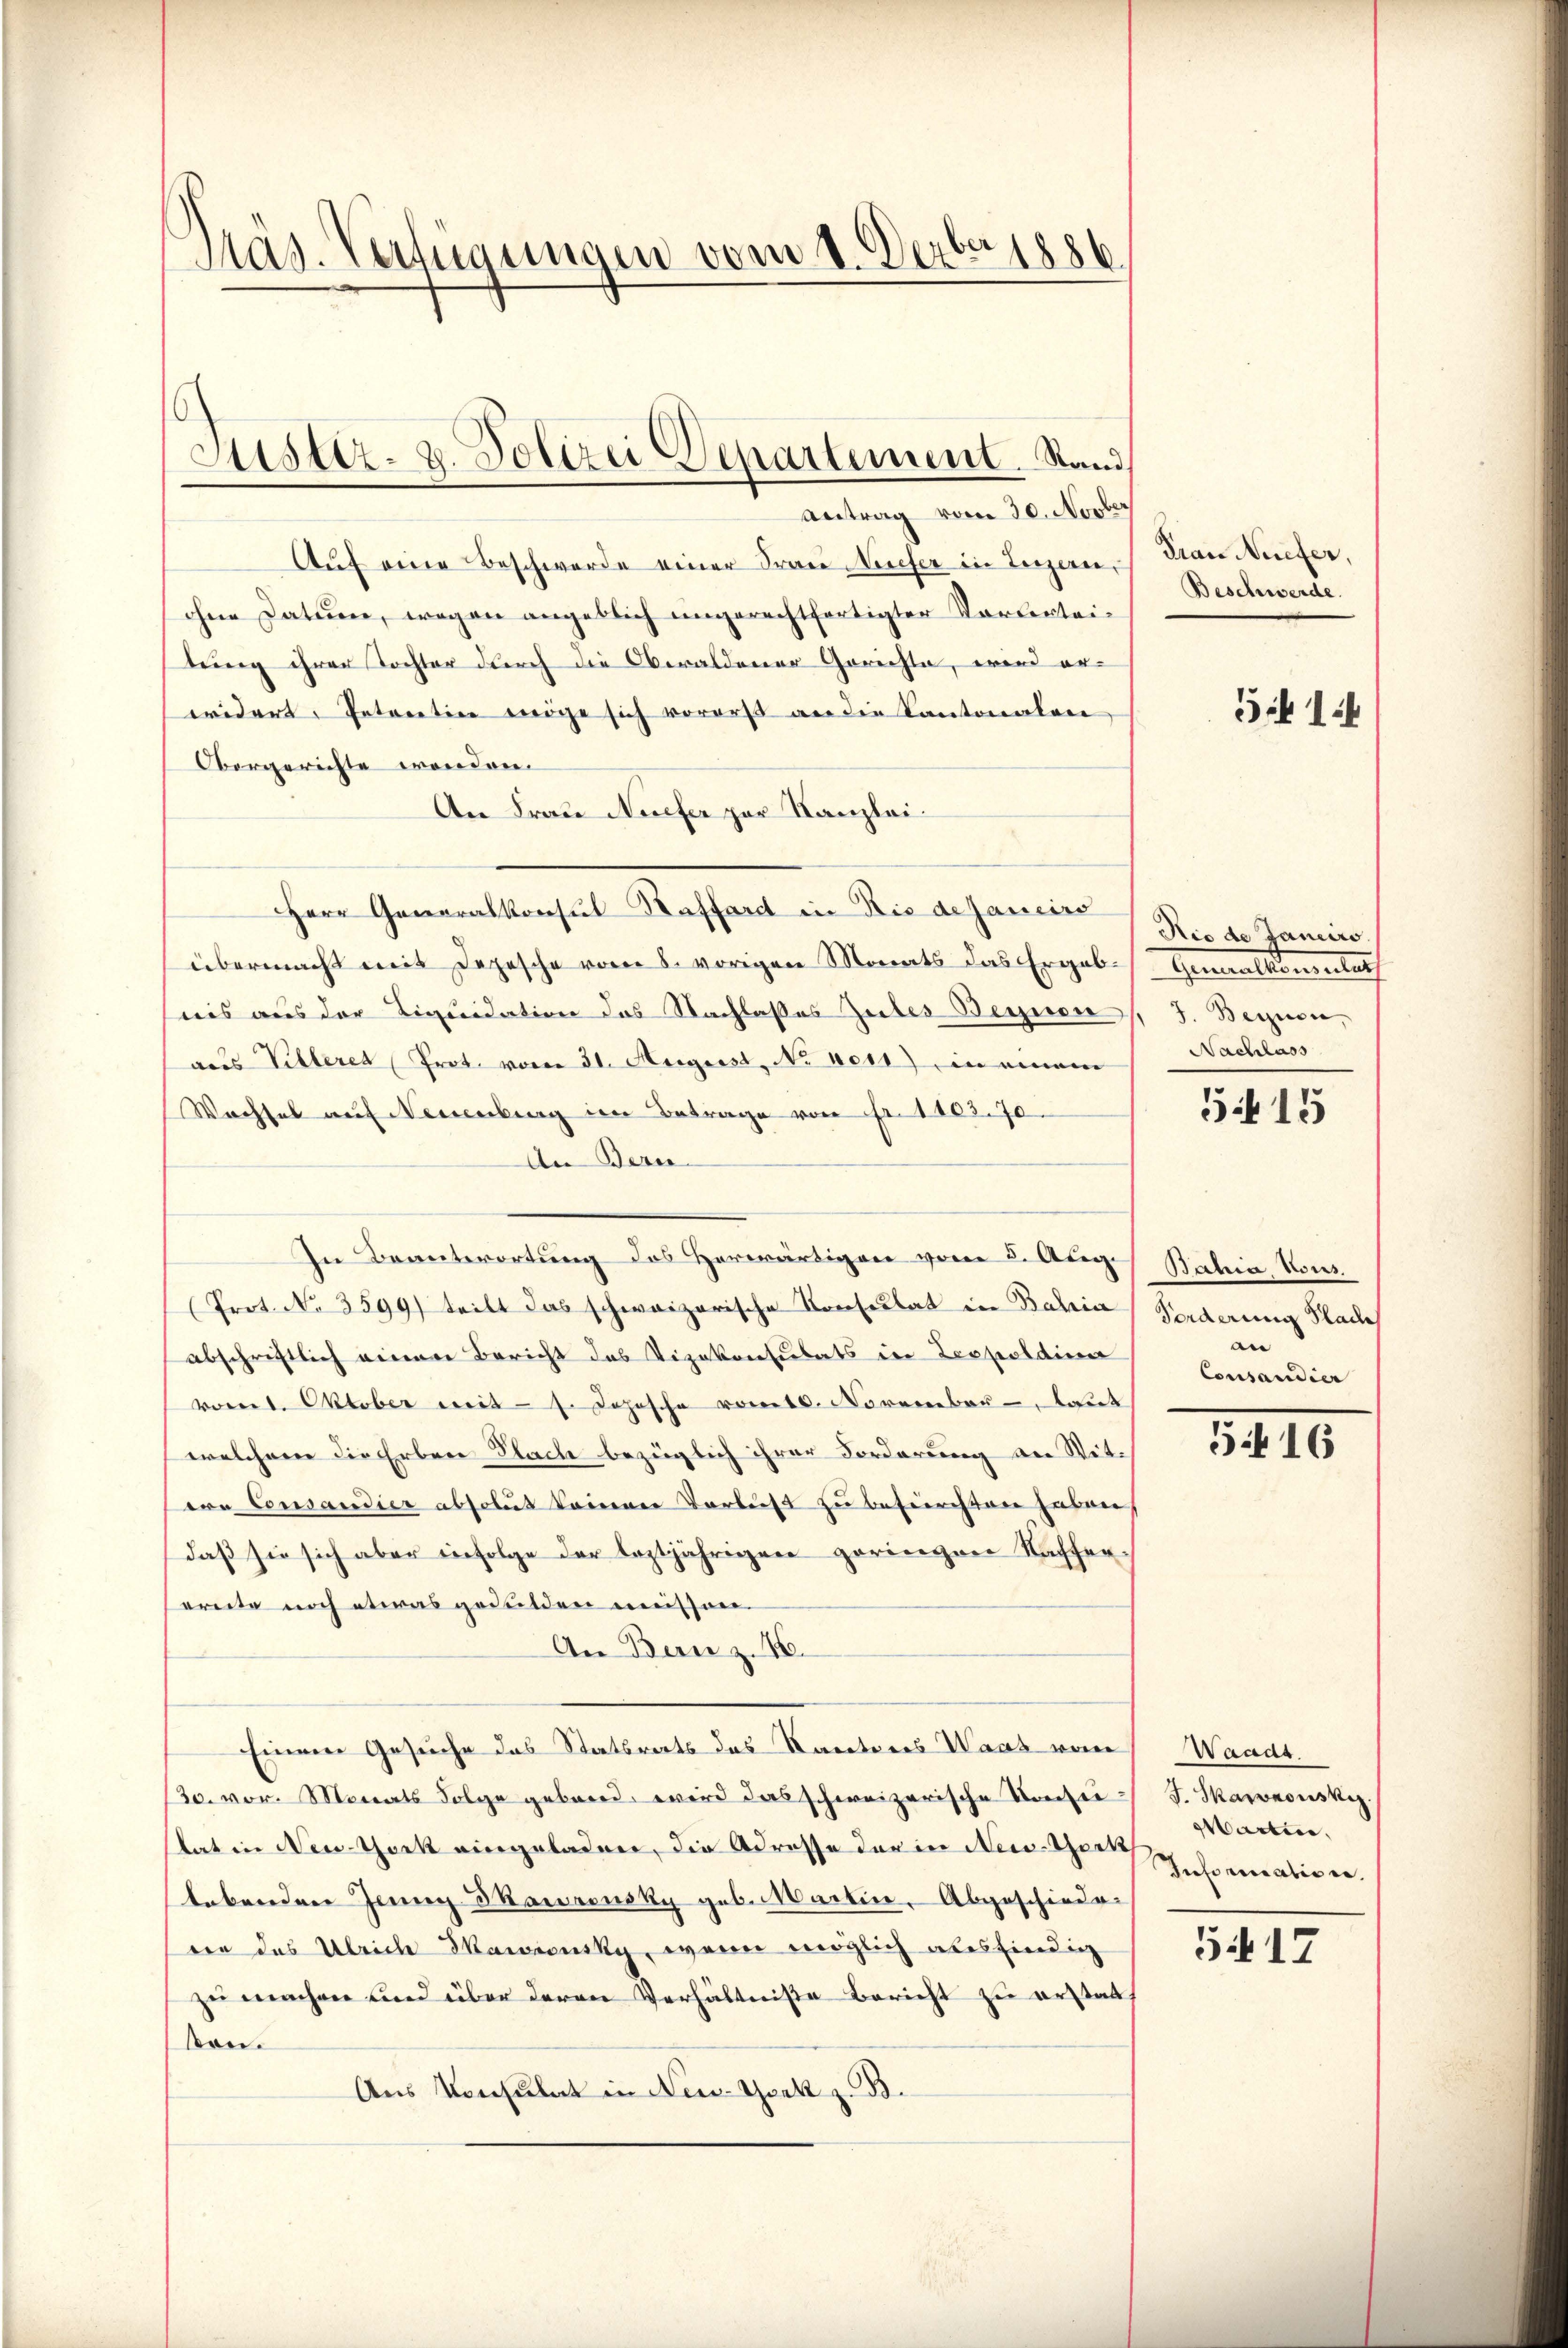
Präs. Verfügungen vom 8. Dezbr. 1886.

Auf eine Beschwerde einer Frau Neufer in Luzern,
ohne Datum, wegen angeblich ungerechtfertigter Vorberteitung ihrer Tochter durch die Oberaldener Gerichte, wird er-
widert getreten möge sich vorerst an die Kantonalen
Obergerichte wenden.
An Frau Necefer zur Kanzlei¬
Herr Generalkonsul Raffard in Rio dejancire
übermacht mit Depesche vom 8. vorigen Monats das Ergeb- Generalkonsulat
nis aus der Liquidation des Nachlasses Gutes Begnen J. Begnen,
aus Villeret (Prot. vom 31. August, No 1011) in einem
Wachsel auf Neuenburg im Betrage von Fr. 1103. 70
An Berec
In Beantwortung des Herwärtigen vom 2. Aug. Bahia vons.
Prot. No 3599) teilt das schweizerische Konsulat in Bahia Forderung Place
abschriftlich einen Bericht des Vizekonsulats in Leopoldina
vom 1. Oktober mit 1. Jopische vom 10. November, laut
welchem die Erben Flach bezüglich ihrer Forderung an Wit-
ere Consandier absolut keinen Verlust zu befürchten haben
daß sie sich aber infolge der leztjährigen geringen Kafferereite noch etwas gedulden müssen.
An Bern z. 16.
Einem Gesuche das Statsrats das Karteres Waas vom
30. vor. Monats Folge gebend wird das schweizerische Konseistat in New-York eingeladen, die Adresse der in New-York
lebenden Jung Traurinsky geb. Warten. Abgeschiedeeen das Ulriche Skawionsky, wenn möglich ausfindig
zu machen und über deren Verhältniße bericht zu erstattson.
Aus Konsulat in New-York z. B.

Sistiz- 2. Polizei Departement. Stand,
Antrag vom 30. Novber

Frau Neiefer,
Beschwerde.

3 1

Rio de Janeiro
Nachlass

515

an
Consaudier

5416

Waadt.
J. Skarnowski
Warten,
Informativen.

5. 17